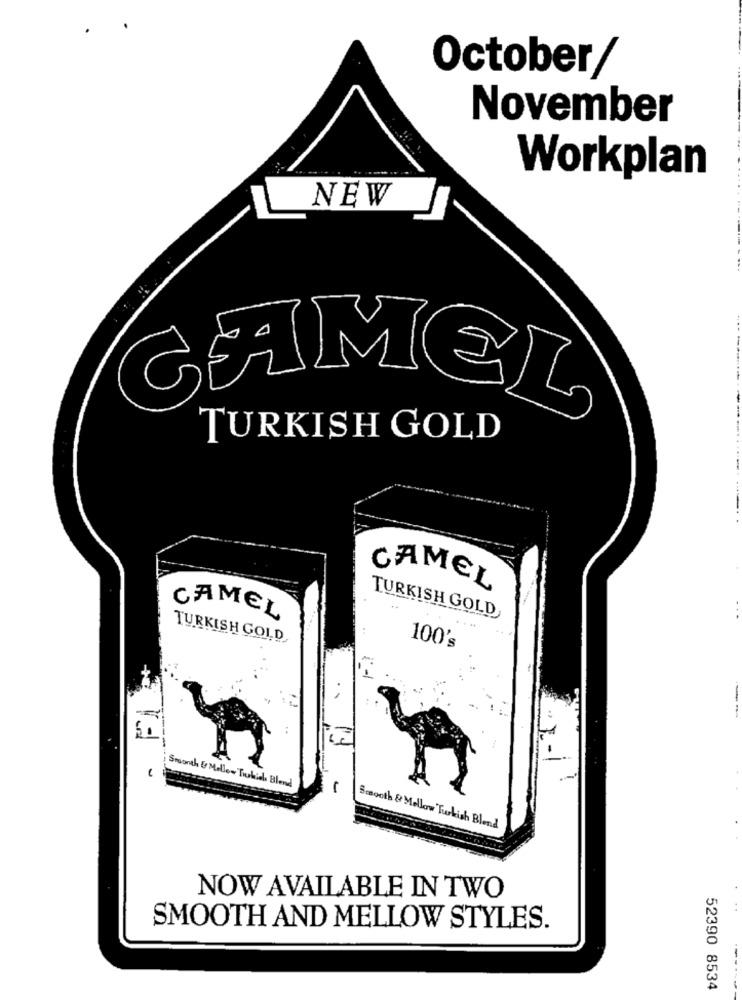
October/
November
Workplan
NEW
CAMEL
TURKISH GOLD
CAMEL
CAMEL
TURKISH GOLD
TURKISH GOLD
100's
..
-
Smonth & Mellow Tikids Blend
Booth & Mellow Turkish Blend
NOW AVAILABLE IN TWO
..
SMOOTH AND MELLOW STYLES.
--
52390 8534